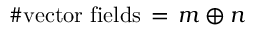
\# \mathrm { v e c t o r ~ f i e l d s } \, = \, m \oplus n